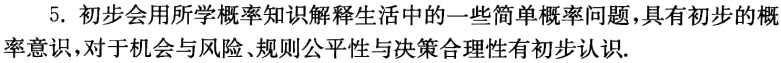
5. 初步会用所学概率知识解释生活中的一些简单概率问题，具有初步的概率意识，对于机会与风险、规则公平性与决策合理性有初步认识.